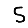
Digit: 5